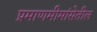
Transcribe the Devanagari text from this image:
प्रमाणमीमांसेतील